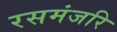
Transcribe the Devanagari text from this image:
रसमंजरि